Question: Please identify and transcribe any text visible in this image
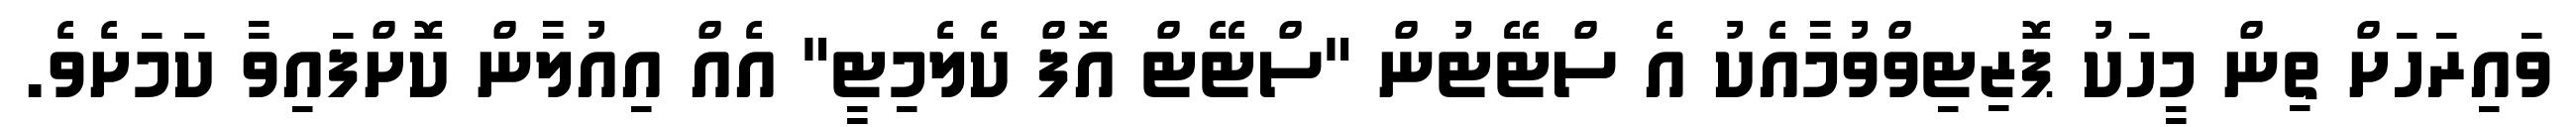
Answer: ވައިރަހަށް ތިން މީހަކު ޕޮޒިޓިވްވުމާއެކު އެ ސްޓޭޓުން "ސްޓޭޓް އޮފް ކެލެމިޓީ" އެއް އިއުލާން ކޮށްފައިވާ ކަމަށެވެ.